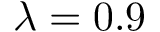
\lambda = 0 . 9